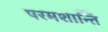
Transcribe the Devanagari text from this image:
परमशान्ति